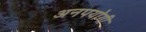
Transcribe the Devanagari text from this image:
अनपयोगी